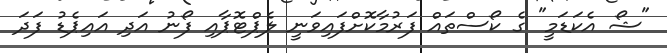
"ޝޯ އެކަޑަމީ" ގެ ކޯސްތައް ފަރުމާކޮށްފައިވަނީ ލެޕްޓޮޕާއި ފޯނު އަދި އައިޕެޑު ފަދަ